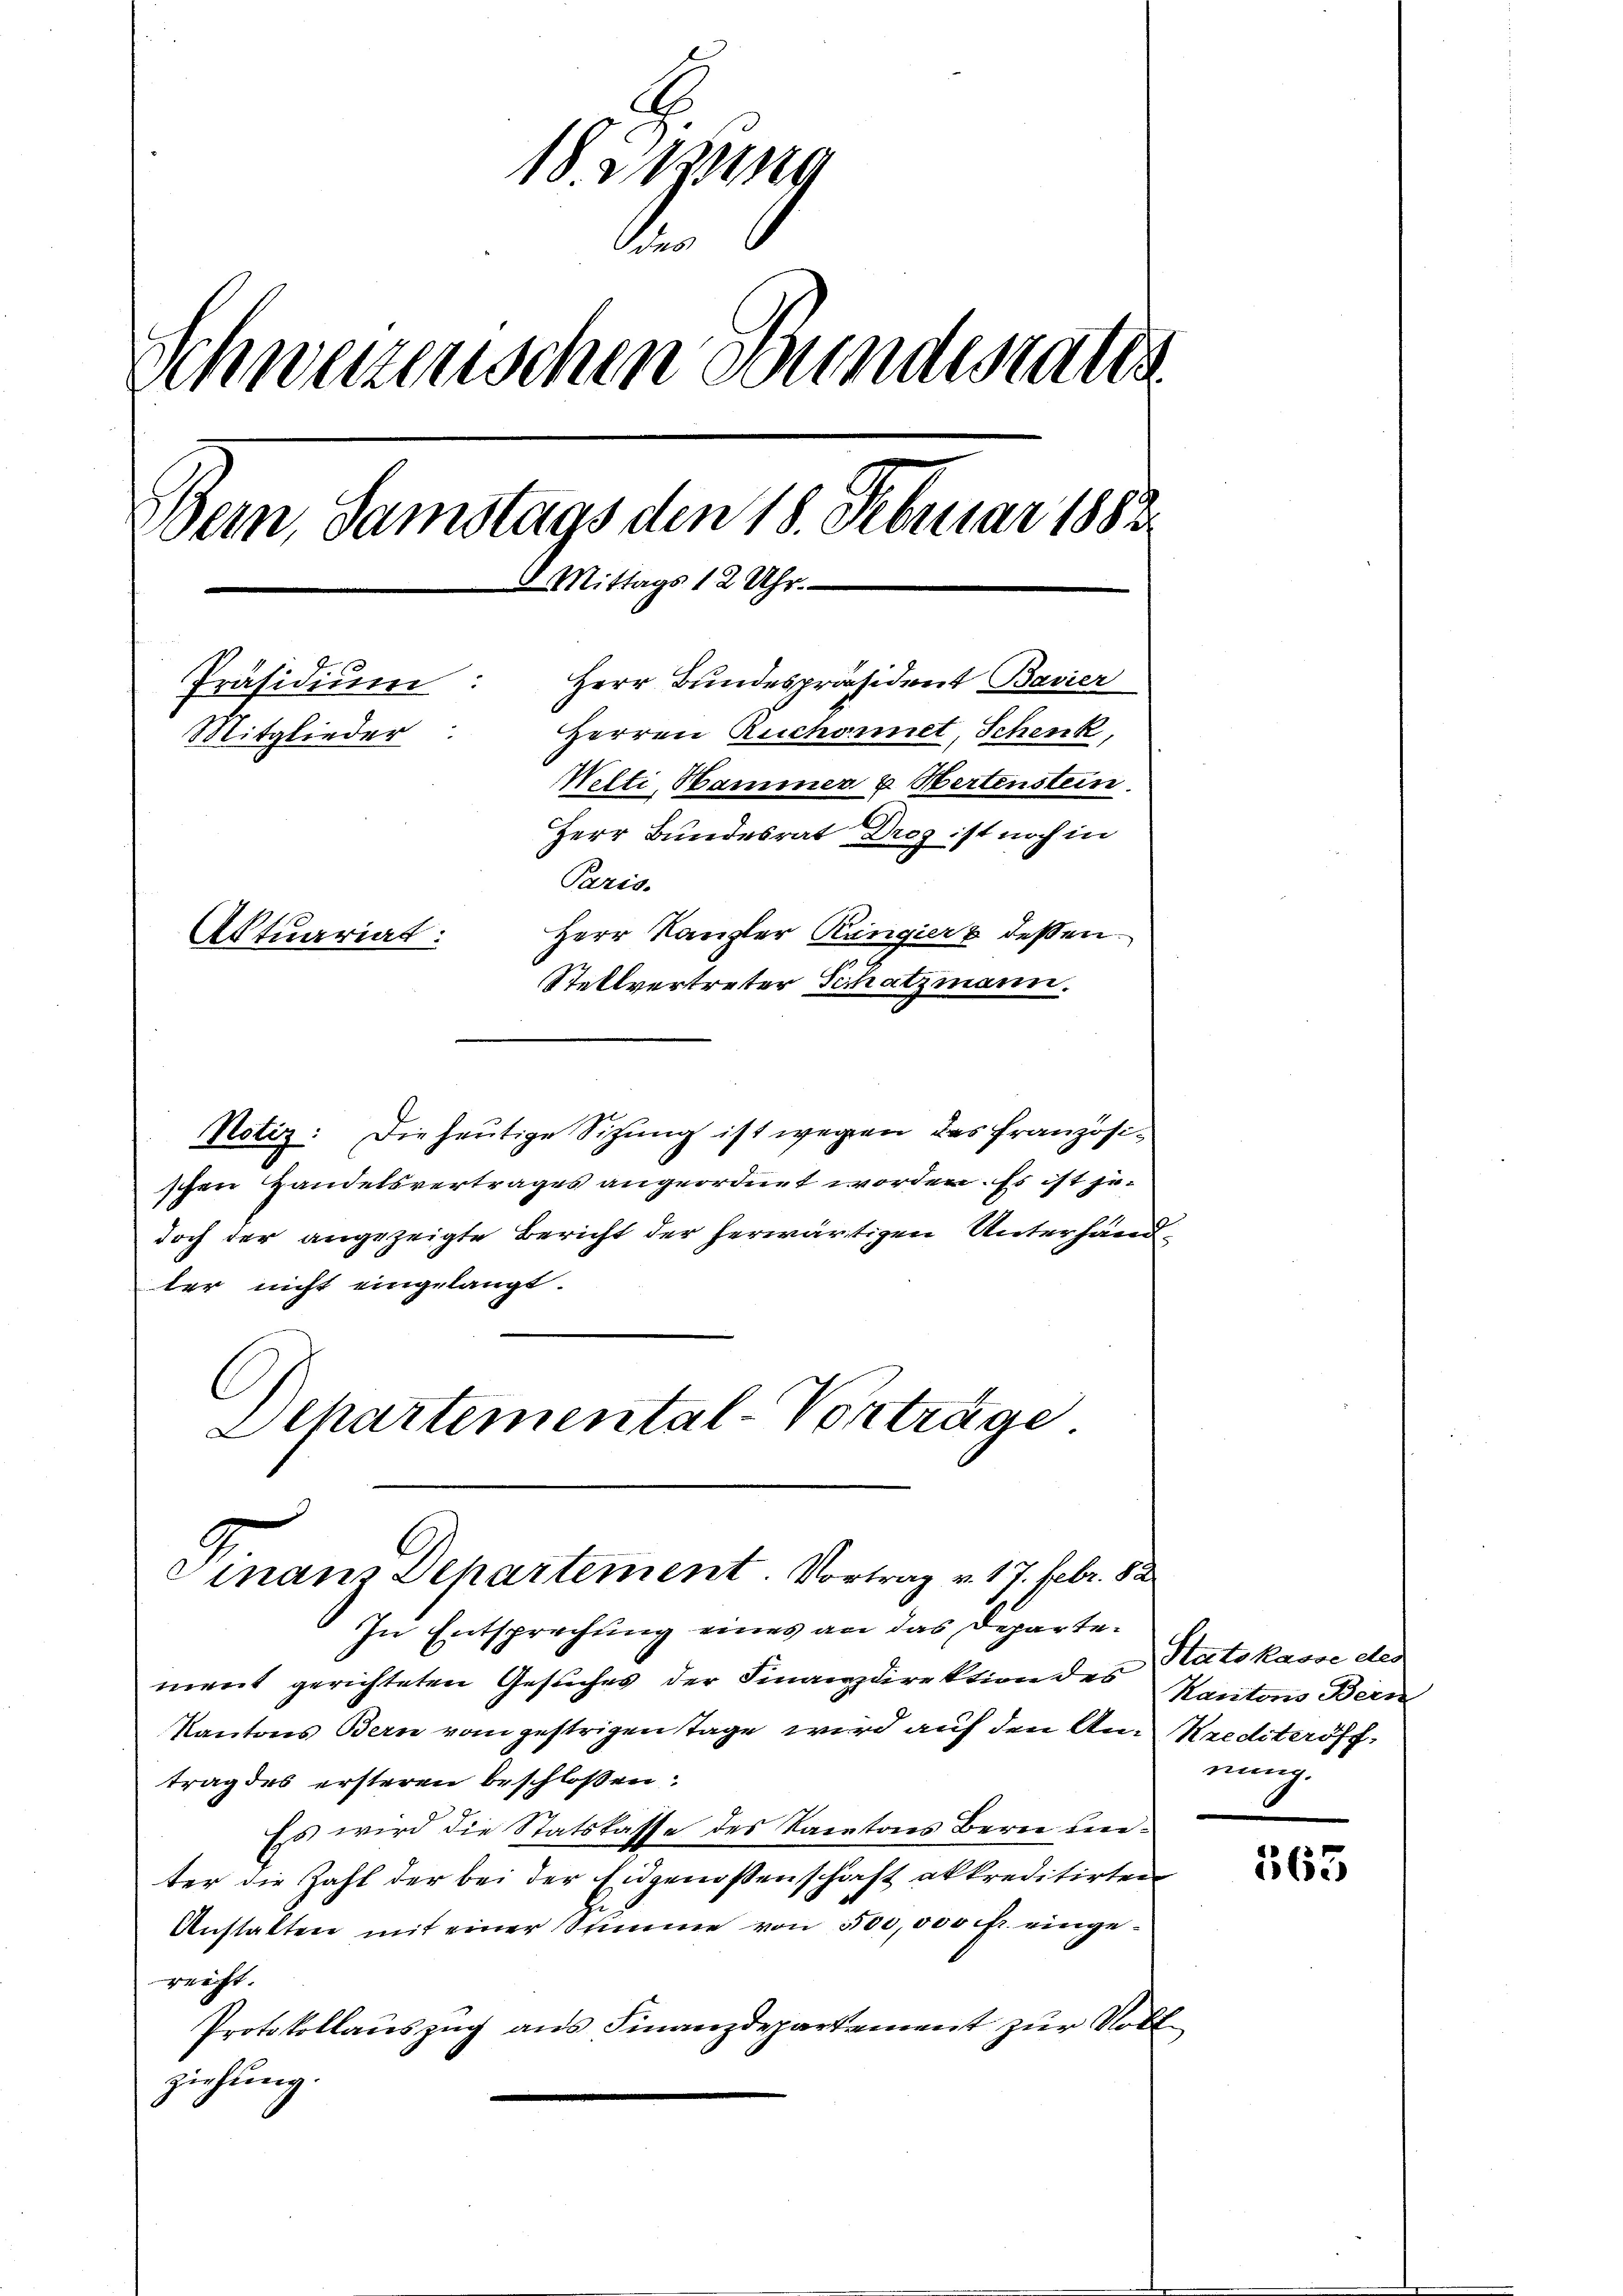
18. Aug
des
t
Schwerzenschen Bundesrates
Bern, Samstags den 18. Februar 1883.
6 Mittags 12 Uhr.
Herr Bundespräsident Bavier
Präsidium:
Herren Ruchonet, Schenk,
Mitglieder:
Welti, Bammer u Wertenstein
Herr Bundesrat Drog ist noch in
Paris.
Herr Kanzler Ringier u dessen.
Aktuariat:
Stellvertreter Schatzmann.

Notiz: Die heutige Sitzung ist wegen das französischen Handelsvertrages angeordnet worden. Es ist jedoch der angezeigte Bericht der herwärtigen Unterhandter nicht eingelangt.
Dehartemental-Vorträge

dinanz Departement. Vortrag v. 17. Febr. 82

In Entsprechung eines an das Departement gerichteten Gesuches der Finanzdirektion des Kantons Bern
Kantons Bern vom gestrigen Tage wird auf den An-Krediteröff
trag des ersteren beschlossen:
Es wird die Statskasse des Kantons Bern unter die Zahl der bei der Eidgenossenschaft akkreditirten
Anstalten mit einer Stimme von 500,000 fr. eingereift.
Protokollaŭszŭg ans Finanzdepartament zur Vollziehung.

Staatskasse des
nung.

165